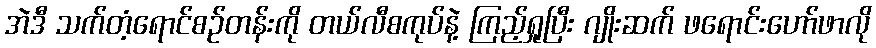
အဲဒီ သက်တံ့ရောင်စဉ်တန်းကို တယ်လီစကုပ်နဲ့ ကြည့်ရှုပြီး ဂျိုးဆက် ဖရောင်းဟော်ဖာလို